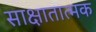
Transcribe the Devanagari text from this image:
साक्षातात्मक